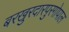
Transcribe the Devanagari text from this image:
बरखुरदारपुरगोपाल